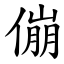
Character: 傰